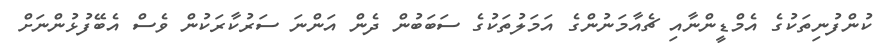
ކުންފުނިތަކުގެ އެމްޑީންނާއި ޗެއާމަނުންގެ އަމަލުތަކުގެ ސަބަބުން ދެން އަންނަ ސަރުކާރަކުން ވެސް އެބޭފުޅުންނަށް